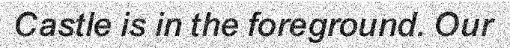
Castle is in the foreground. Our